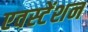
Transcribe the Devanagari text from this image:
एवस्टेंशन